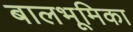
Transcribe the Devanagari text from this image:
बालभूमिका